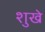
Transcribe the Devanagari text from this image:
शुखे